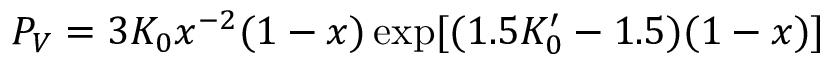
P _ { V } = 3 K _ { 0 } x ^ { - 2 } ( 1 - x ) \exp [ ( 1 . 5 K _ { 0 } ^ { \prime } - 1 . 5 ) ( 1 - x ) ]